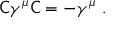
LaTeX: { \mathsf { C } } \gamma ^ { \mu } { \mathsf { C } } = - \gamma ^ { \mu } ~ .